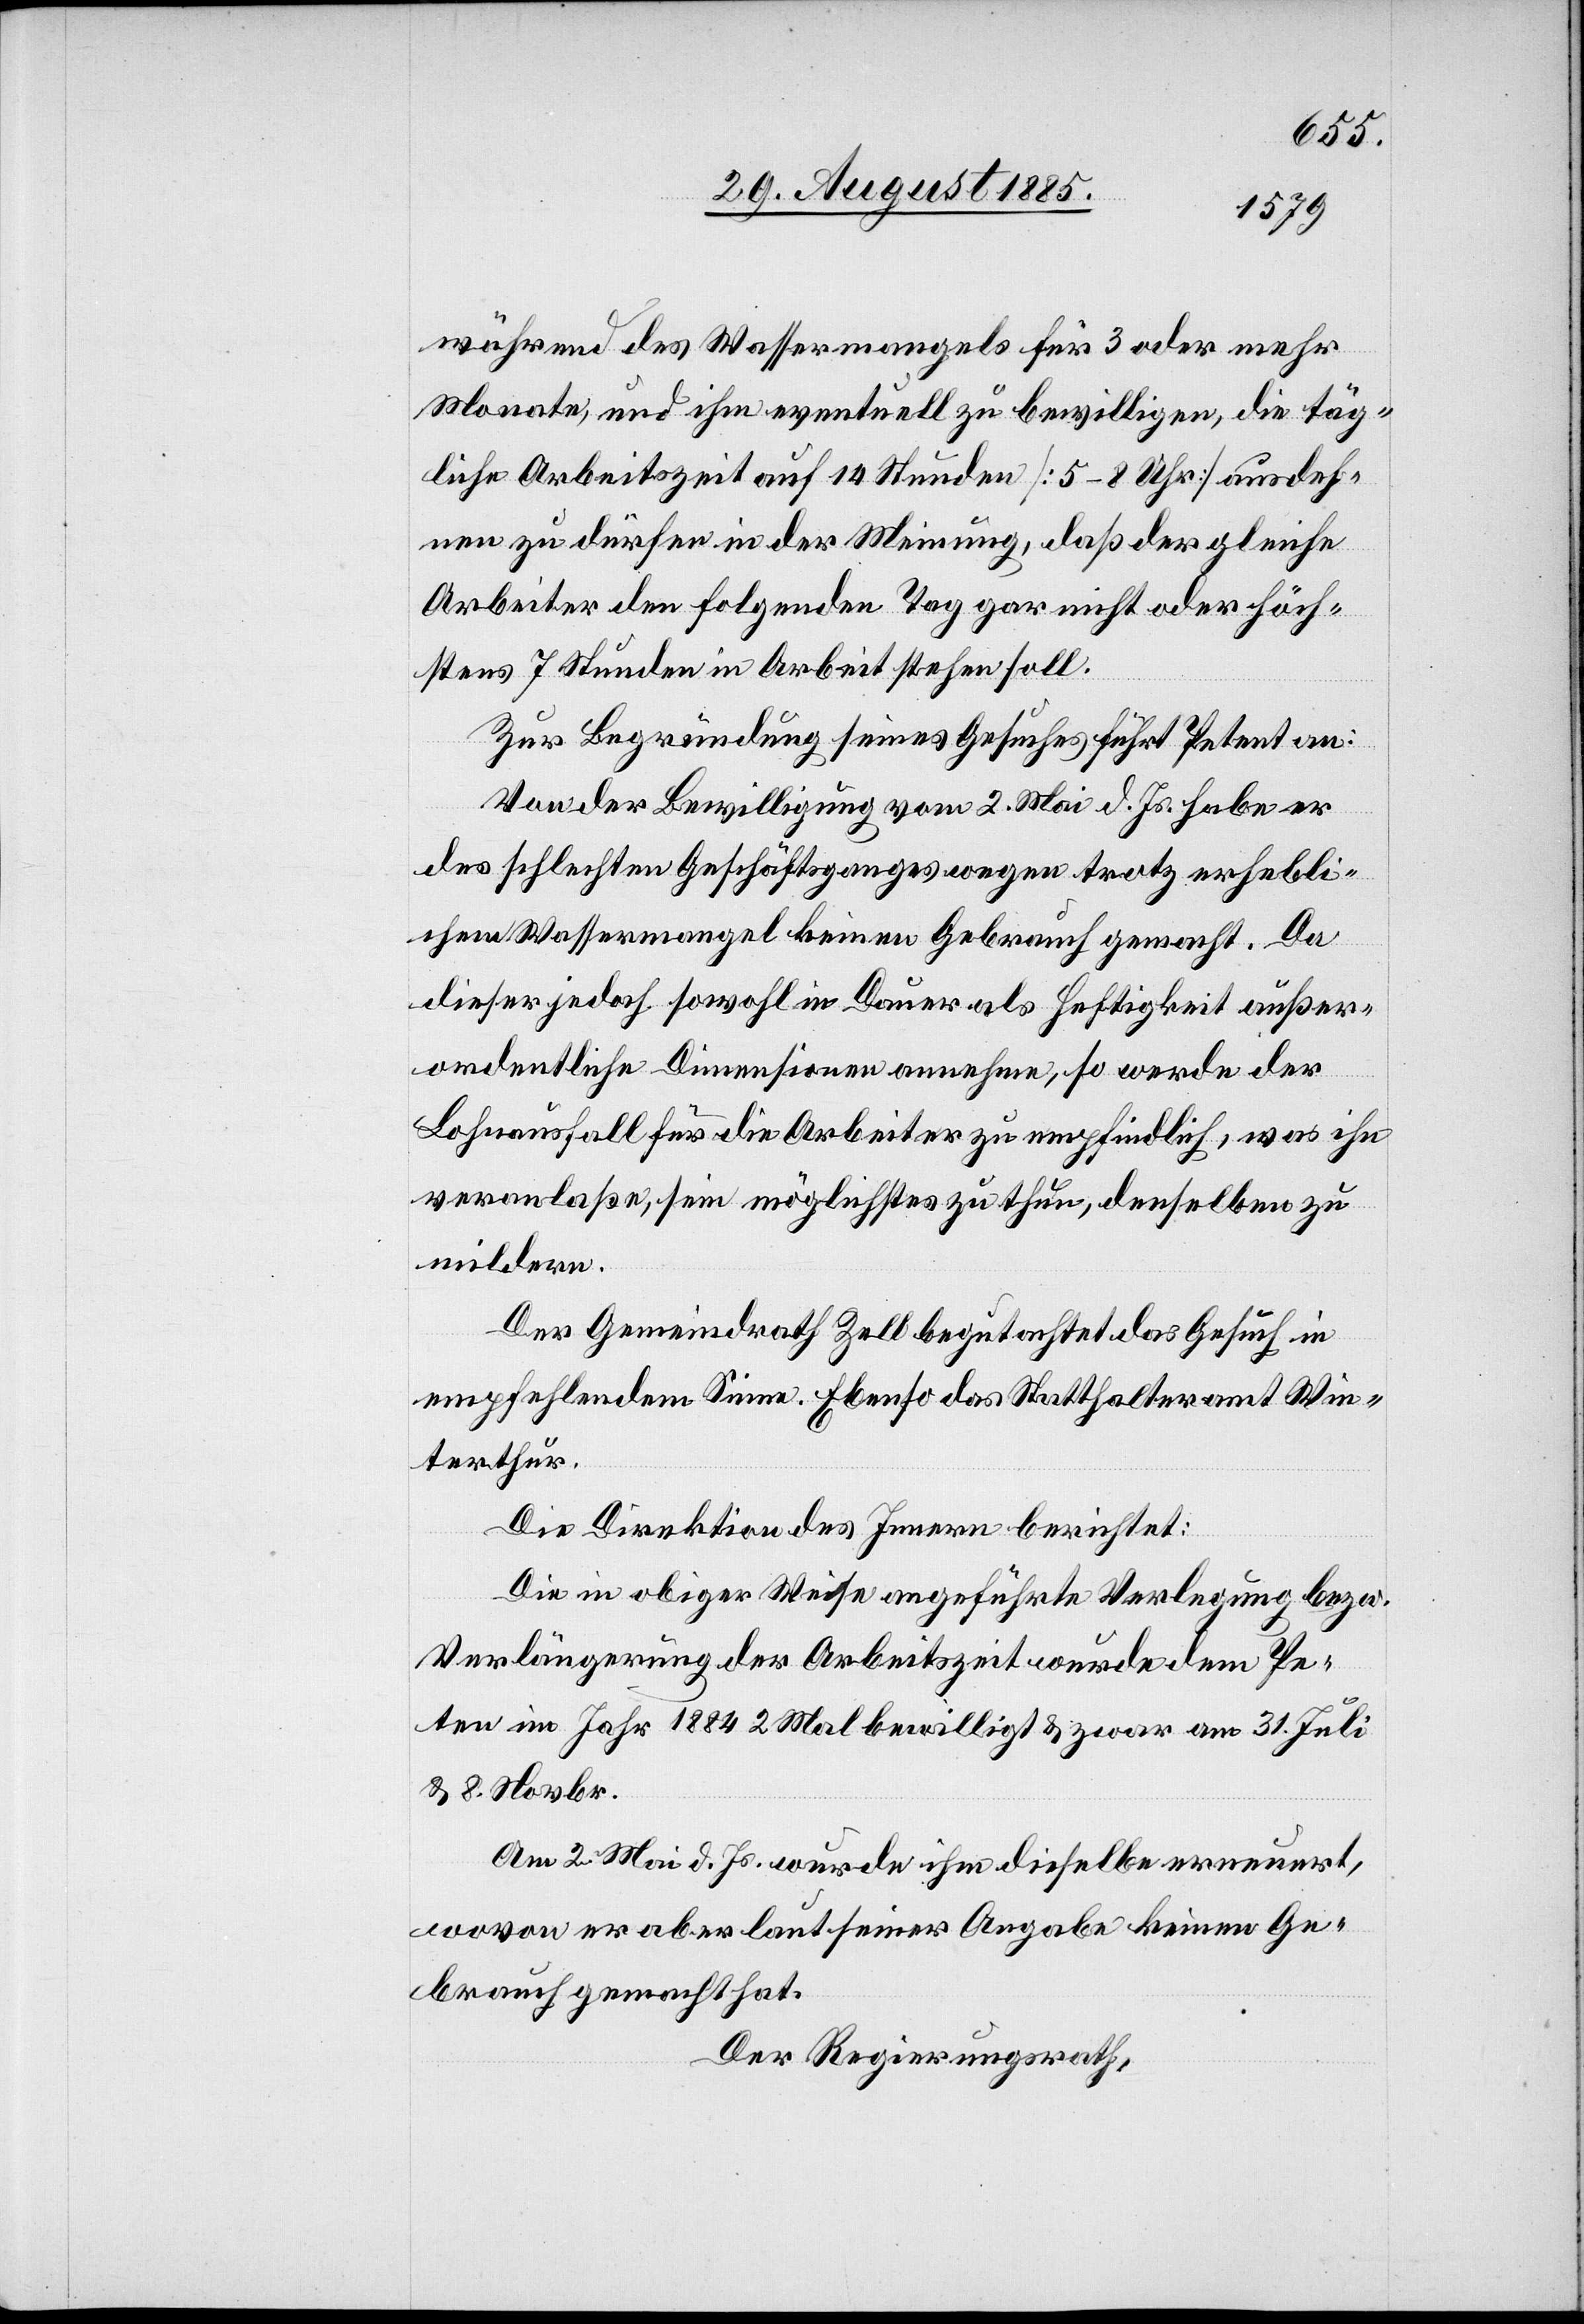
während des Wassermangels für 3 oder mehr
Monate, und ihm eventuell zu bewilligen, die täg¬
liche Arbeitszeit auf 14 Stunden [5–8 Uhr] ausdeh¬
nen zu dürfen in der Meinung, daß der gleiche
Arbeiter den folgenden Tag gar nicht oder höch¬
sten 7 Stunden in Arbeit stehen soll.
Zur Begründung seines Gesuches führt Petent an:
Von der Bewilligung vom 2. Mai d. Js. habe er
des schlechten Geschäftsganges wegen trotz erhebli¬
chem Wassermangel keinen Gebrauch gemacht. Da
dieser jedoch sowohl in Dauer als Heftigkeit außer¬
ordentliche Dimensionen annehme, so werde der
ten
Lohnausfall für die Arbeiter zu empfindlich, was ihn
veranlaße, sein möglichstes zu thun, denselben zu
mildern.
Der Gemeindrath Zell begutachtet das Gesuch in
empfehlendem Sinne. Ebenso das Statthalteramt Win¬
terthur.
Die Direktion des Innern berichtet:
Die in obiger Weise angeführte Verlegung bezw.
Verlängerung der Arbeitszeit wurde dem Pe¬
[sic!] im Jahr 1884 2 Mal bewilligt & zwar am 31. Juli
& 8. Novbr.
Am 2. Mai d. Js. wurde ihm dieselbe erneuert,
wovon er aber laut seiner Angabe keinen Ge¬
brauch gemacht hat.
Der Regierungsrath,